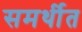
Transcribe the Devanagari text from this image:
समर्थीत